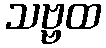
သဗ္ဗထ